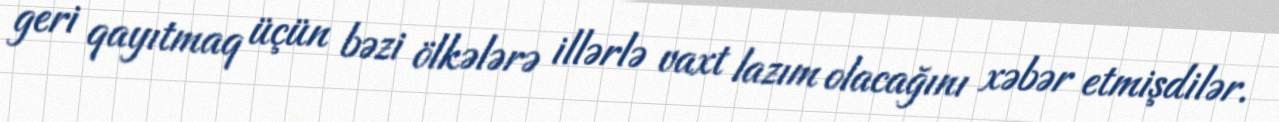
geri qayıtmaq üçün bəzi ölkələrə illərlə vaxt lazım olacağını xəbər etmişdilər.